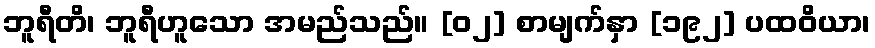
ဘူရီတိ၊ ဘူရီဟူသော အမည်သည်။ [၀၂] စာမျက်နှာ [၁၉၂] ပထဝိယာ၊